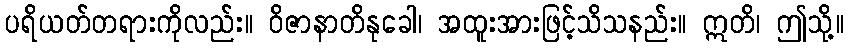
ပရိယတ်တရားကိုလည်း။ ဝိဇာနာတိနုခေါ၊ အထူးအားဖြင့်သိသနည်း။ ဣတိ၊ ဤသို့။